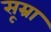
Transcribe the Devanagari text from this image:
सूम्रा